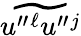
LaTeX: \widetilde{u^{\prime\prime}{}^{\ell}u^{\prime\prime}{}^{j}}